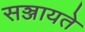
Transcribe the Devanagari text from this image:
सञ्जायते